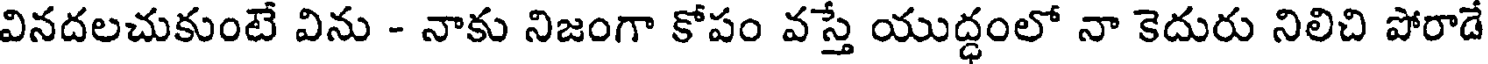
వినదలచుకుంటే విను - నాకు నిజంగా కోపం వస్తే యుద్ధంలో నా కెదురు నిలిచి పోరాడే